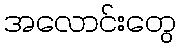
အလောင်းတွေ